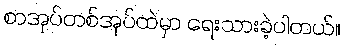
စာအုပ်တစ်အုပ်ထဲမှာ ရေးသားခဲ့ပါတယ်။